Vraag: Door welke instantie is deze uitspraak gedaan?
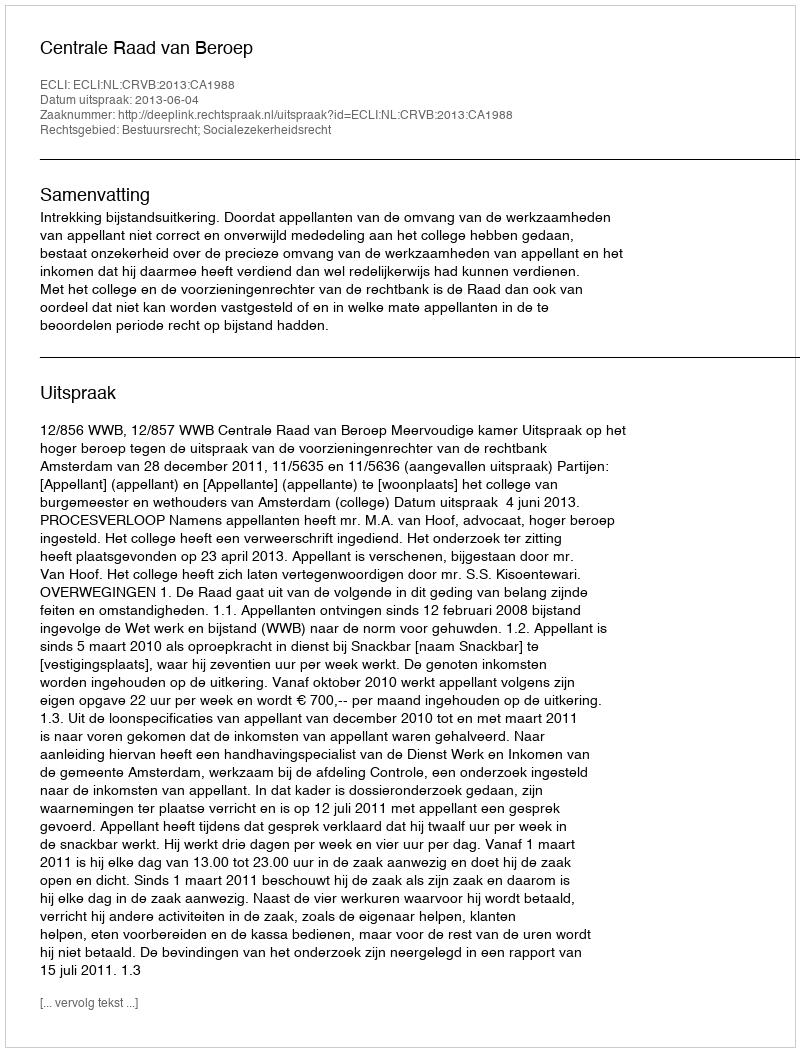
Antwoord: Centrale Raad van Beroep